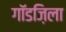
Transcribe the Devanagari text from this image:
गॉडज़िला